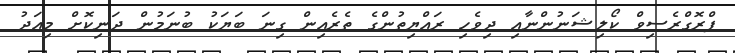
ޕްރޮގްރެސިވް ކޯލިޝަނުންނާއި ދިވެހި ރައްޔިތުންގެ ތެރެއިން ގިނަ ބަޔަކު ބުނަމުން ދަނިކޮށް މިއަދު